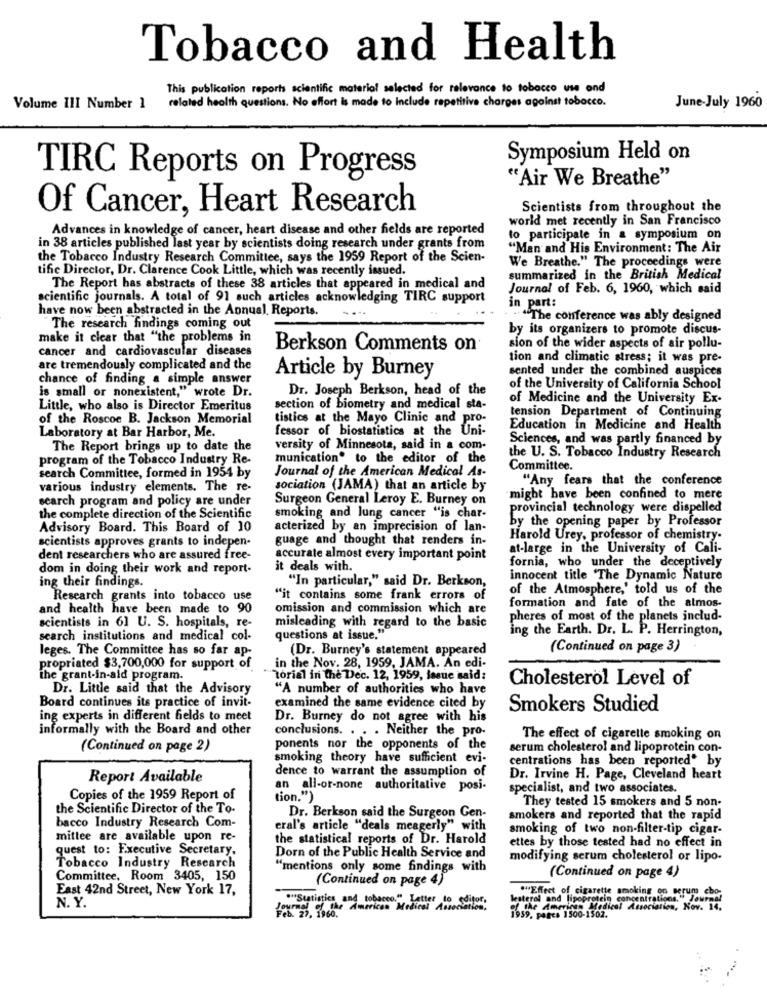
Tobacco and Health
This publication reports scientific material selected for relevance to tobacco use ond
related health questions. No effort is made to Include repetitive charges against tobacco.
Volume III Number 1
June-July 1960
Symposium Held on
TIRC Reports on Progress
"Air We Breathe"
Of Cancer, Heart Research
Scientists from throughout the
world met recently in San Francisco
Advances in knowledge of cancer, heart disease and other fields are reported
to participate in a symposium on
in 38 articles published last year by scientists doing research under grants from
"Man and His Environment: The Air
the Tobacco Industry Research Committee, says the 1959 Report of the Scien-
tifie Director, Dr. Clarence Cook Little, which was recently issued.
We Breathe." The proceedings were
summarized in the British Medical
The Report has abstracts of these 38 articles that appeared in medical and
Journal of Feb. 6, 1960, which said
scientific journals. A total of 91 such articles acknowledging TIRC support
have now been abstracted in the Annual Reports.
in part:
The conference was ably designed
The research findings coming out
by its organizers to promote discus-
make it clear that "the problems in
cancer and cardiovascular diseases
Berkson Comments on
sion of the wider aspects of air pollu-
tion and climatic stress; it was pre-
are tremendously complicated and the
sented under the combined auspices
chance of finding a simple answer
Article by Burney
is small or nonexistent," wrote Dr.
Dr. Joseph Berkson, head of the
of the University of California School
of Medicine and the University Ex-
Little, who also is Director Emeritus
section of biometry and medical sta-
of the Roscoe B. Jackson Memorial
tistics at the Mayo Clinic and pro-
tension Department of Continuing
Laboratory at Bar Harbor, Me.
fessor of biostatistics at the Uni-
Education in Medicine and Health
Sciences, and was partly financed by
The Report brings up to date the
versity of Minnesota, said in a com-
program of the Tobacco Industry Re-
munication" to the editor of the
the U. S. Tobacco Industry Research
Journal of the American Medical As-
Committee.
search Committee, formed in 1954 by
"Any fears that the conference
various industry elements. The re-
sociation (JAMA) that an article by
search program and policy are under
Surgeon General Leroy E. Burney on
might have been confined to mere
provincial technology were dispelled
the complete direction of the Scientific
smoking and lung cancer "is char-
by the opening paper by Professor
Advisory Board. This Board of 10
acterized by an imprecision of lan-
scientists approves grants to indepen-
guage and thought that renders in-
Harold Urey, professor of chemistry-
at-large in the University of Cali-
dent researchers who are assured free-
accurate almost every important point
fornia, who under the deceptively
dom in doing their work and report-
it deals with.
ing their findings.
"In particular," said Dr. Berkson,
innocent title 'The Dynamic Nature
of the Atmosphere,' told us of the
Research grants into tobacco use
"it contains some frank errors of
and health have been made to 90
omission and commission which are
formation and fate of the atmos.
pheres of most of the planets includ-
scientists in 61 U. S. hospitals, re-
misleading with regard to the basic
ing the Earth. Dr. L. P. Herrington,
search institutions and medical col-
questions at issue."
leges. The Committee has so far ap-
(Dr. Burney's statement appeared
(Continued on page 3)
propriated $3,700,000 for support of
in the Nov. 28, 1959, JAMA. An edi-
the grant-in-aid program.
"Torial in the Dec. 12, 1959, issue said:
Cholesterol Level of
Dr. Little said that the Advisory
"A number of authorities who have
Board continues its practice of invit-
examined the same evidence cited by
Smokers Studied
ing experts in different fields to meet
Dr. Burney do not agree with his
informally with the Board and other
conclusions. . . . Neither the pro-
The effect of cigarette smoking on
(Continued on page 2)
ponents nor the opponents of the
serum cholesterol and lipoprotein con-
smoking theory have sufficient evi-
centrations has been reported" by
dence to warrant the assumption of
Report Available
Dr. Irvine H. Page, Cleveland heart
an all-or-none authoritative posi-
specialist, and two associates.
Copies of the 1959 Report of
tion.")
the Scientific Director of the To-
They tested 15 smokers and 5 non-
bacco Industry Research Com-
Dr. Berkson said the Surgeon Gen-
smokers and reported that the rapid
eral's article "deals meagerly" with
smoking of two non-filter-tip cigar-
mittee are available upon re-
the statistical reports of Dr. Harold
ettes by those tested had no effect in
quest to: Executive Secretary.
Dorn of the Public Health Service and
modifying serum cholesterol or lipo-
Tobacco Industry Research
"mentions only some findings with
Committee, Room 3405, 150
(Continued on page 4)
(Continued on page 4)
East 42nd Street, New York 17,
""Effect of cigarette smoking on serum cho
""Statistics and tobacco." Letter to editor,
lesteral and lipoprotein concentrations." Ja
N. Y.
Youare the American Medical Association.
of the American Medical Ameciation, N